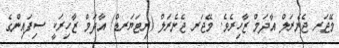
މޭޖަރ ޖެނެރަލް އާދަމް ޒާހިރެވެ. މޭޖަރ ޖެނެރަލް (ރިޓަޔަރޑް) އާދަމް ޒާހިރަކީ ސިފައިންގެ